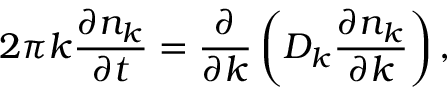
2 \pi k \frac { \partial n _ { k } } { \partial t } = \frac { \partial } { \partial k } \left( D _ { k } \frac { \partial n _ { k } } { \partial k } \right) ,